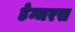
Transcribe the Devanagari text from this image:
डेन्जरस